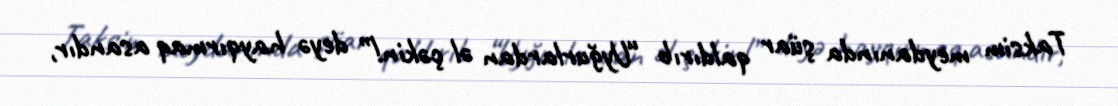
Taksim meydanında şüar qaldırıb “Uyğurlardan əl çəkin!” deyə hayqırmaq asandır,